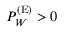
P _ { W } ^ { ( \mathrm { { E } } ) } > 0